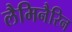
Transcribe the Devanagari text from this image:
लैमिनैरिन